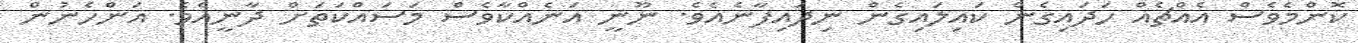
ކޮންމެވެސް އެއްޗެއް ހަދައިގެން ކައިލައިގެން ނިދައިފާނެއެވެ. ނޫނީ އަނެއްކާވެސް މަސައްކަތަށް ދާނީއެވެ. އަންހެނުން